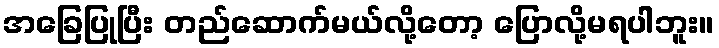
အခြေပြုပြီး တည်ဆောက်မယ်လို့တော့ ပြောလို့မရပါဘူး။